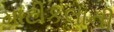
માટીકલાની